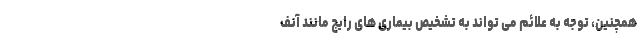
همچنین، توجه به علائم می تواند به تشخیص بیماری های رایج مانند آنف